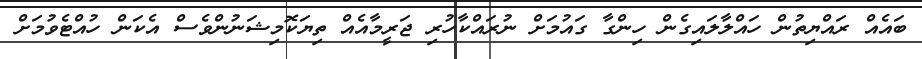
ބައެއް ރައްޔިތުން ހައްލާލައިގެން ހިންގާ ގައުމަށް ނުރައްކާހުރި ޖަރީމާއެއް ތިޔަކޮމިޝަނުންވެސް އެކަން ހުއްޓެވުމަށް